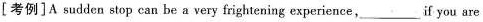
[考例]A sudden stop can bea very frightening experience,_________if you are